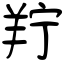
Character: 羜